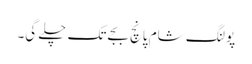
پولنگ شام پانچ بجے تک چلے گی۔